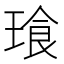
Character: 𮴧